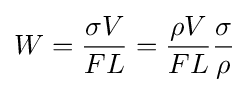
W={\frac {\sigma V}{FL}}={\frac {\rho V}{FL}}{\frac {\sigma }{\rho }}